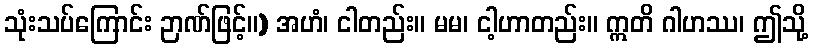
သုံးသပ်ကြောင်း ဉာဏ်ဖြင့်။) အဟံ၊ ငါတည်း။ မမ၊ ငါ့ဟာတည်း။ ဣတိ ဂါဟဿ၊ ဤသို့